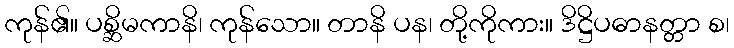
ကုန်၏။ ပစ္ဆိမကာနိ၊ ကုန်သော။ တာနိ ပန၊ တို့ကိုကား။ ဒိဋ္ဌိပဓာနတ္တာ စ၊